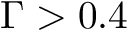
\Gamma > 0 . 4